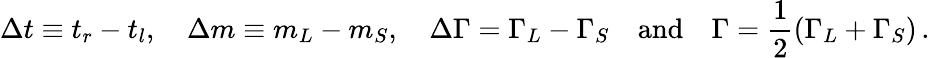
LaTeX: \Delta t\equiv t_{r}-t_{l},\quad\Delta m\equiv m_{L}-m_{S},\quad\Delta\Gamma=\Gamma_{L}-\Gamma_{S}\quad\mathrm{and}\quad\Gamma=\frac{1}{2}(\Gamma_{L}+\Gamma_{S})\, .